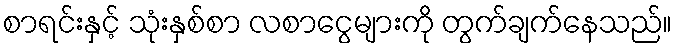
စာရင်းနှင့် သုံးနှစ်စာ လစာငွေများကို တွက်ချက်နေသည်။